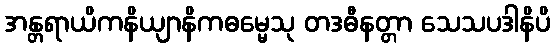
အန္တရာယိကနိယျာနိကဓမ္မေသု တဒဓီနတ္တာ သေသပဒါနိပိ